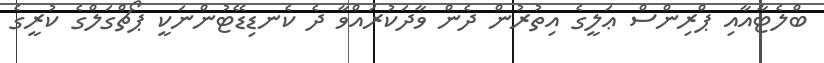
ބްލެޓާއާއި ޕްރިންސް ޢަލީގެ އިތުރުން ދެން ވާދަކުރައްވާ ދެ ކެނޑިޑޭޓުންނަކީ ޕޯޗްގަލްގެ ކުރީގެ